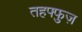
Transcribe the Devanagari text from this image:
तहफ्फुज़